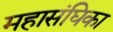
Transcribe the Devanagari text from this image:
महासंघिका